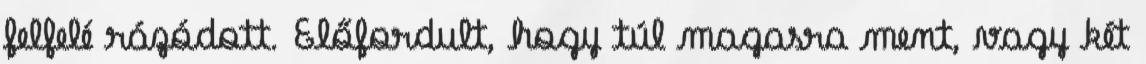
felfelé rázódott. Előfordult, hogy túl magasra ment, vagy két